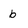
Character: b